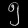
Digit: ၅